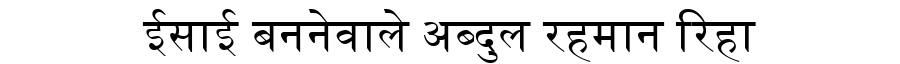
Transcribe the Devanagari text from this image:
ईसाई बननेवाले अब्दुल रहमान रिहा